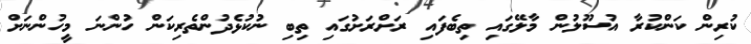
ކުރިން ކަންކުރާ އުސޫލުން މާލޭގައި ތިބެފައި ރަށްރަށުގައި ތިބި ނުކުޅެދުންތެރިކަން ހުންނަ މީހުންނަށް